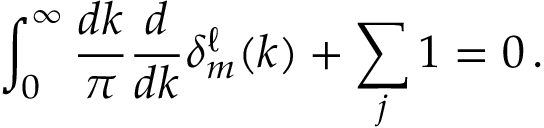
\int _ { 0 } ^ { \infty } \frac { d k } { \pi } \frac { d } { d k } \delta _ { m } ^ { \ell } ( k ) + \sum _ { j } 1 = 0 \, .